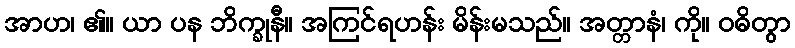
အာဟ၊ ၏။ ယာ ပန ဘိက္ခုနီ။ အကြင်ရဟန်း မိန်းမသည်။ အတ္တာနံ၊ ကို။ ဝဓိတွာ